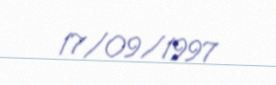
17/09/1997